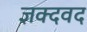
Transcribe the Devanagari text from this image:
ज्ञक्दवद